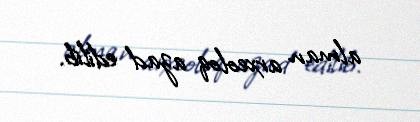
alman arxeoloq azad edilib.